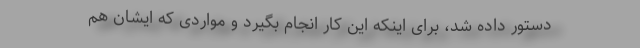
دستور داده شد، برای اینکه این کار انجام بگیرد و مواردی که ایشان هم